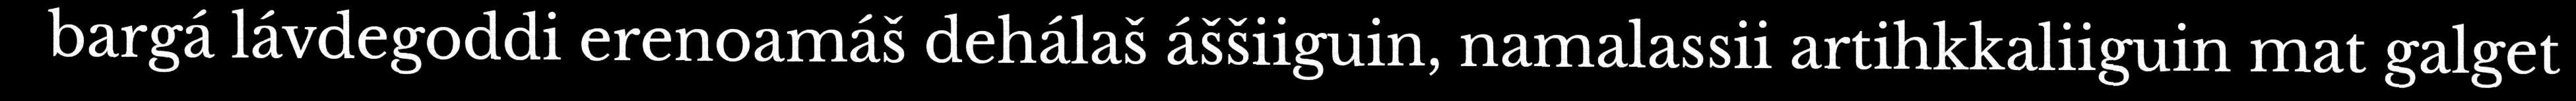
bargá lávdegoddi erenoamáš dehálaš áššiiguin, namalassii artihkkaliiguin mat galget